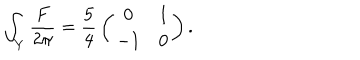
{ \int _ { Y } { \frac { F } { 2 \pi } } = { \frac { 5 } { 4 } } \left( \begin{array} { c c } { { 0 } } & { { 1 } } \\ { { - 1 } } & { { 0 } } \\ \end{array} \right) . }